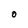
Character: O